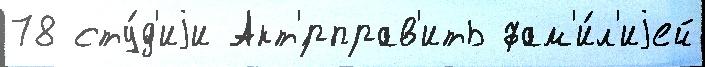
78 сту́д'иjи Акт'́рправ'ить фам'и́л'иjей